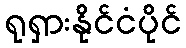
ရုရှားနိုင်ငံပိုင်